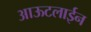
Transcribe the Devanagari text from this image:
आऊटलाईन